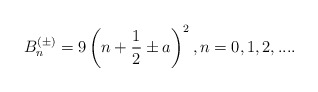
\begin{align*}B_{n}^{(\pm)} =9\left( n + \frac{1}{2} \pm a \right) ^{2},n=0,1,2,.... \end{align*}